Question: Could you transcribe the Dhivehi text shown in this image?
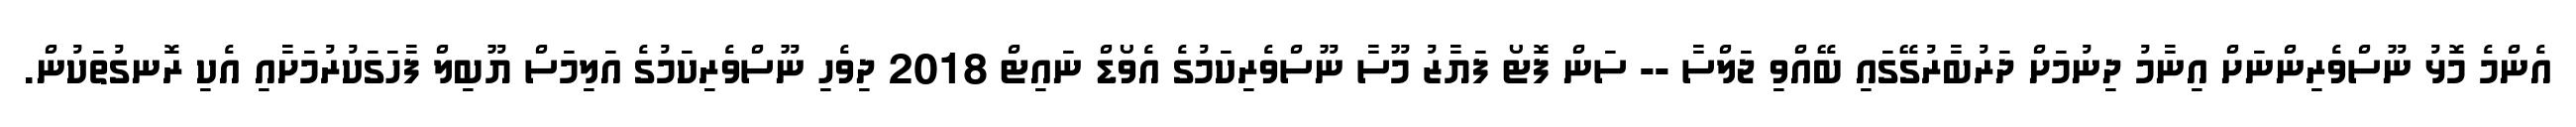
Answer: އެންމެ މޮޅު ނޫސްވެރިންނަށް އިނާމު ދިނުމަށް ދަރުބާރުގޭގައި ބޭއްވި ޖަލްސާ -- ސަން ފޮޓޯ ފަޔާޒު މޫސާ ނޫސްވެރިކަމުގެ އެވޯޑް ނައިޓް 2018 ދިވެހި ނޫސްވެރިކަމުގެ އަލިމަސް ޔޫބިލް ފާހަގަކުރުމަށާއި އެކި ރޮނގުތަކުން.